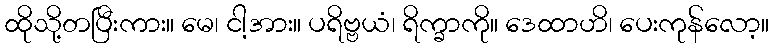
ထိုသို့တပြီးကား။ မေ၊ ငါ့အား။ ပရိဗ္ဗယံ၊ ရိက္ခာကို။ ဒေထာဟိ၊ ပေးကုန်လော့။